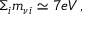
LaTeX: \Sigma _ { i } m _ { \nu i } \simeq 7 e V \, ,